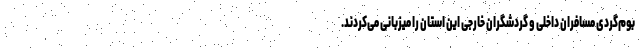
بوم‌گردی مسافران داخلی و گردشگران خارجی این استان را میزبانی می‌کردند.